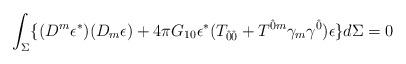
LaTeX: \begin{align*}\int_{\Sigma} \lbrace (D^{m} \epsilon^{\ast})(D_{m} \epsilon) + 4\pi G_{10} \epsilon^{\ast} (T_{\hat{0}\hat{0}} + T^{\hat{0}m}\gamma_{m} \gamma^{\hat{0}}) \epsilon \rbrace d\Sigma = 0\end{align*}